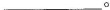
___.